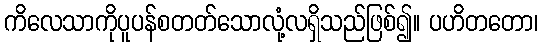
ကိလေသာကိုပူပန်စတတ်သောလုံ့လရှိသည်ဖြစ်၍။ ပဟိတတော၊